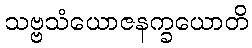
သဗ္ဗသံယောဇနက္ခယောတိ